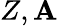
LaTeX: Z,\mathbf{A}